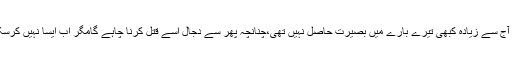
مجھے آج سے زیادہ کبھی تیرے بارے میں بصیرت حاصل نہیں تھی،چنانچہ پھر سے دجال اسے قتل کرنا چاہے گامگر اب ایسا نہیں کرسکے گا۔